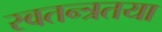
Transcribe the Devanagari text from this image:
स्वतन्त्रतया